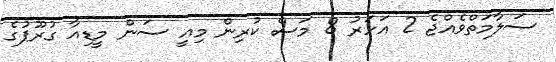
ސަލާމަތްވެއްޖެ 2 އަހަރު 8 މަސް ކުރިން މިއީ ސަން މީޑިއާ ގުރޫޕުގެ